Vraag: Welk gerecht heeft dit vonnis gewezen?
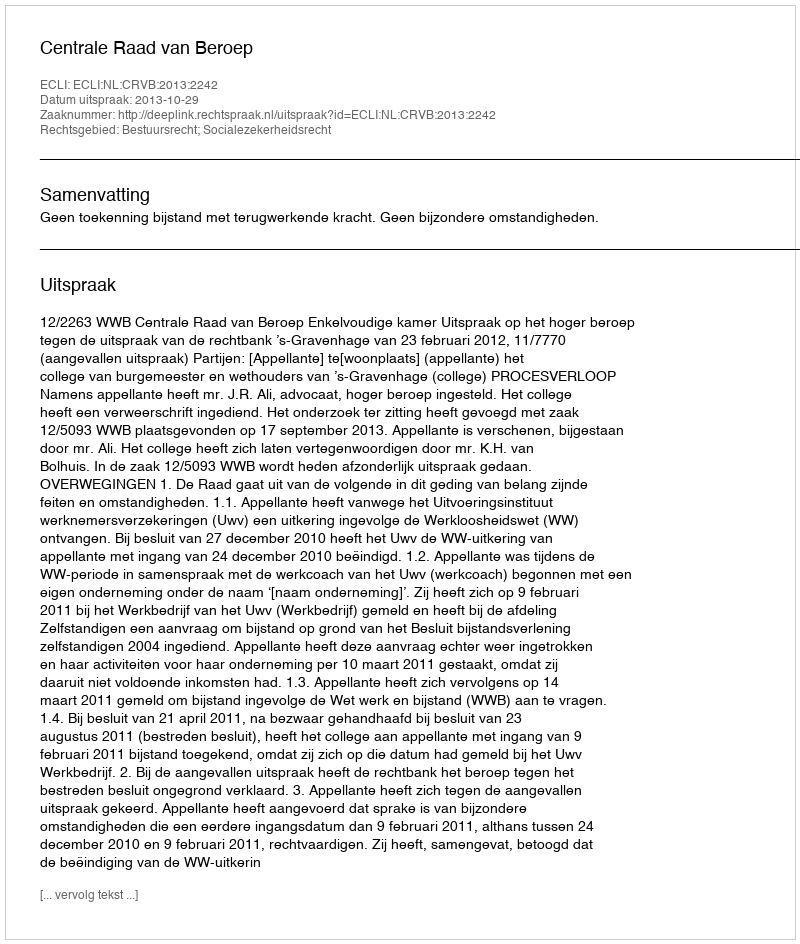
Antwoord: Centrale Raad van Beroep